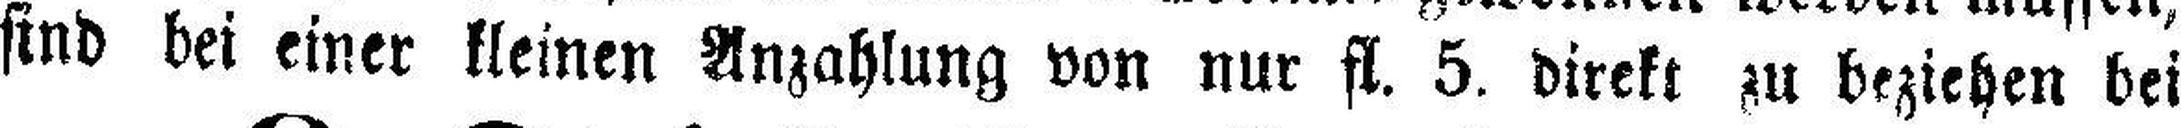
sind bei einer kleinen Anzahlung von nur fl. 5. direkt zu beziehen bei